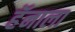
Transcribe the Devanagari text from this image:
हॅनाला